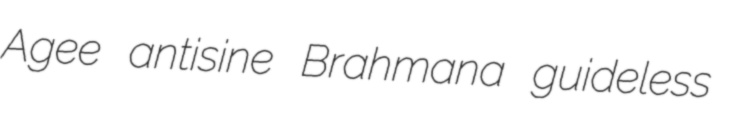
Agee antisine Brahmana guideless